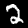
Label: 2